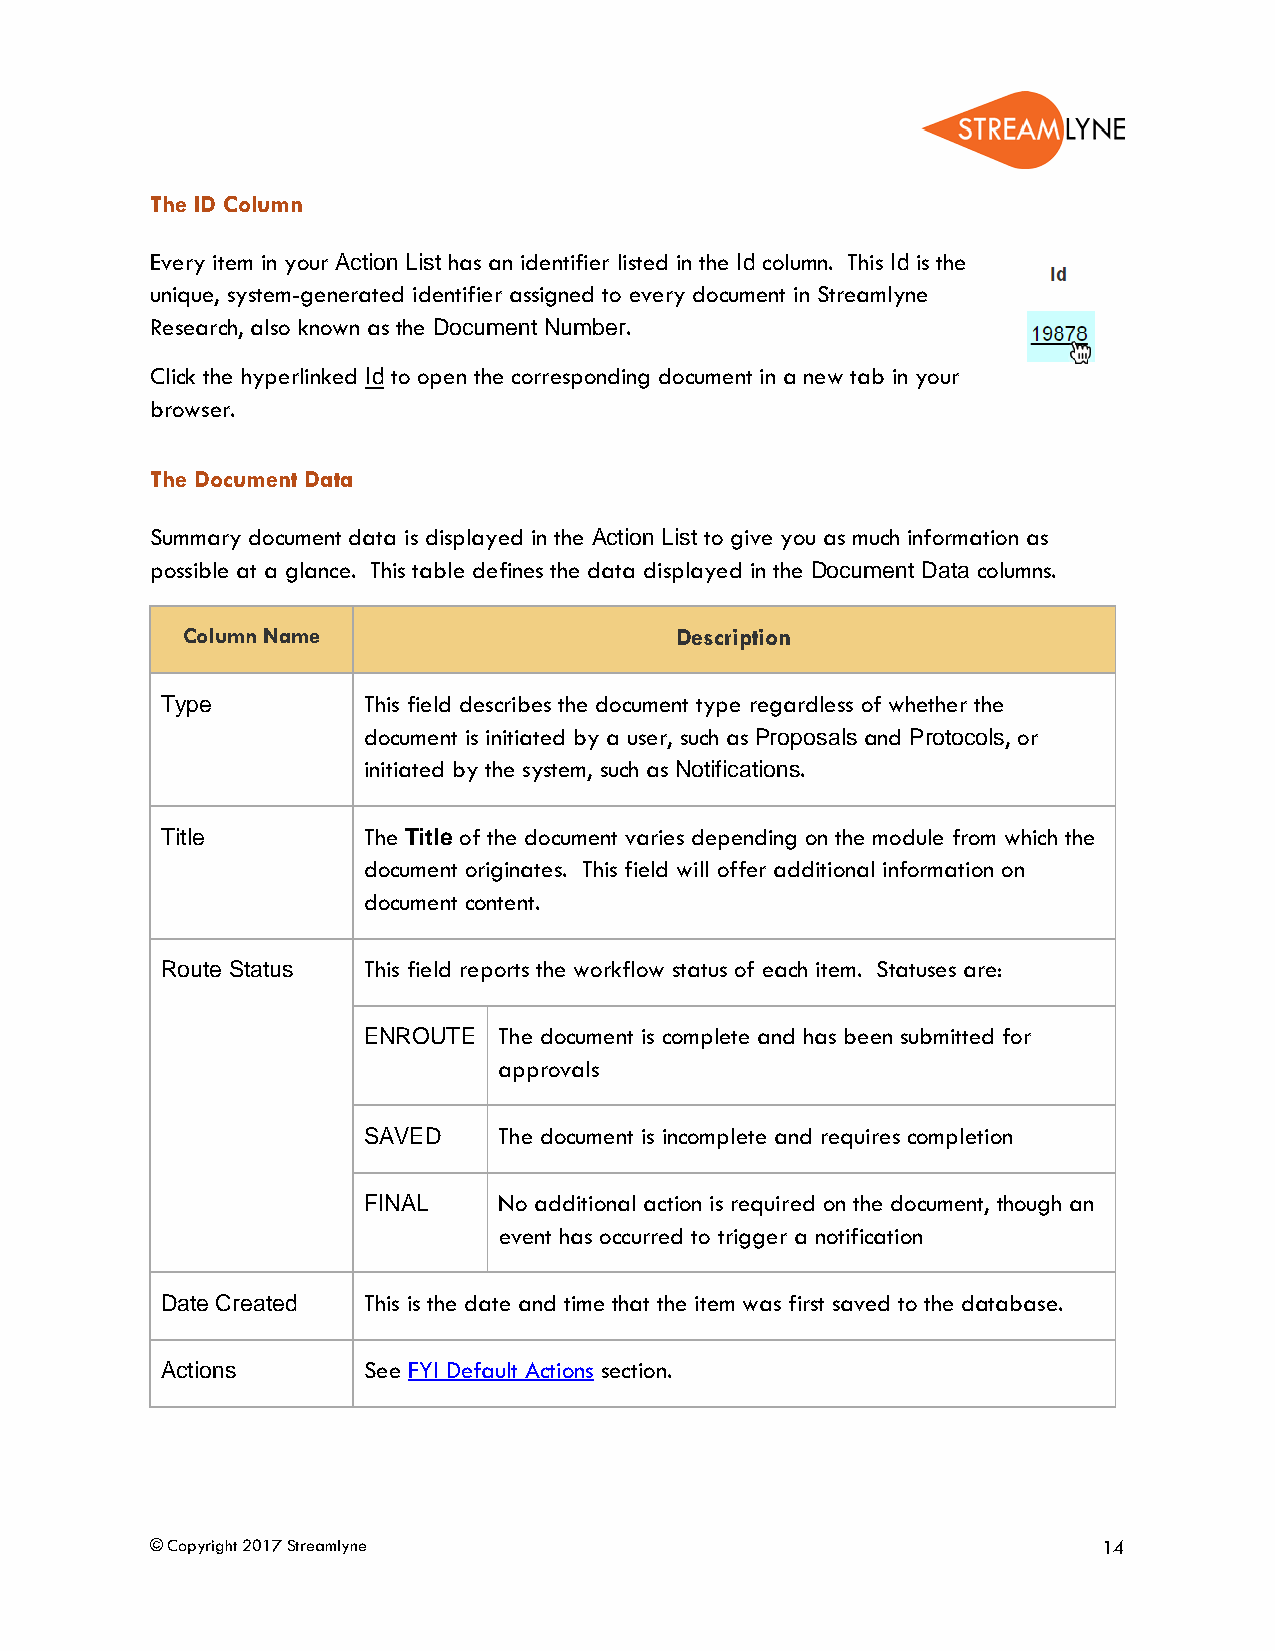
The ID Column
 Every item in your Action List has an identifier listed in the Id column. This Id is the
 unique, system-generated identifier assigned to every document in Streamlyne
 Research, also known as the Document Number.
 Click the hyperlinked Id to open the corresponding document in a new tab in your
 browser.
 The Document Data
 Summary document data is displayed in the Action List to give you as much information as
 possible at a glance. This table defines the data displayed in the Document Data columns.
 Column Name                      Description
 Type         This field describes the document type regardless of whether the
 document is initiated by a user, such as Proposals and Protocols, or
 initiated by the system, such as Notifications.
 Title        The Title of the document varies depending on the module from which the
 document originates. This field will offer additional information on
 document content.
 Route Status This field reports the workflow status of each item. Statuses are:
 ENROUTE  The document is complete and has been submitted for
 approvals
 SAVED    The document is incomplete and requires completion
 FINAL    No additional action is required on the document, though an
 event has occurred to trigger a notification
 Date Created This is the date and time that the item was first saved to the database.
 Actions      See FYI Default Actions section.
 © Copyright 2017 Streamlyne                                    14